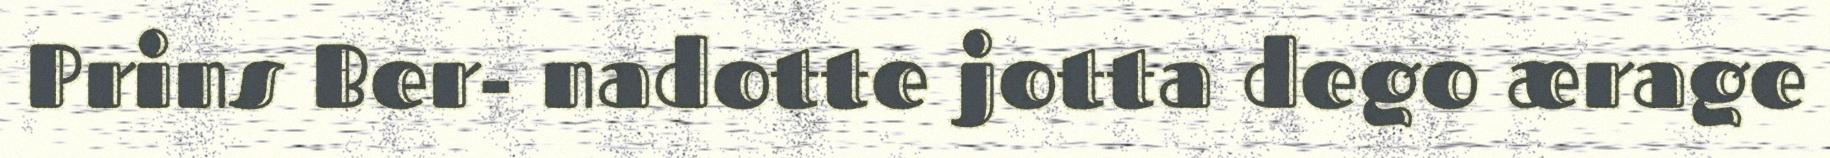
Prins Ber- nadotte jotta dego ærage